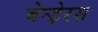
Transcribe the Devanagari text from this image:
बेन्ड़ेरस